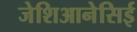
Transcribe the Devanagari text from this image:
जेशिआनेसिई